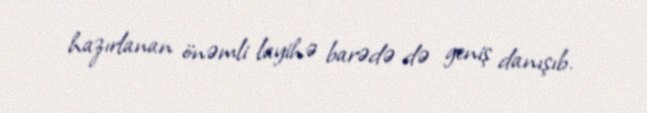
hazırlanan önəmli layihə barədə də geniş danışıb.